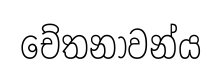
චේතනාවන්ය